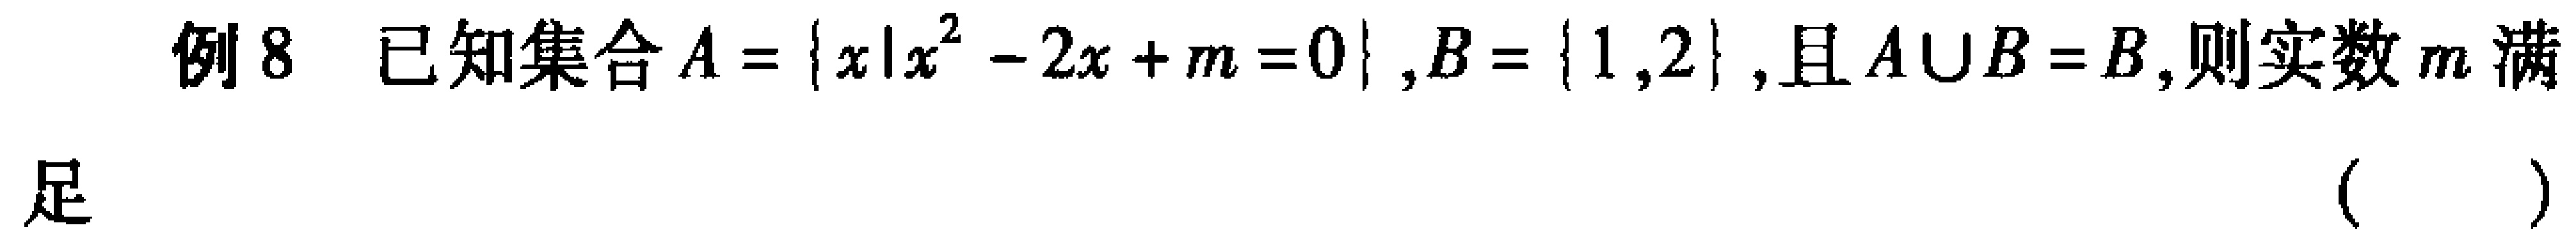
例8 已知集合\(A = \{x|x^{2}-2x + m = 0\},B = \{1,2\}\),且\(A\cup B = B\),则实数\(m\)满
足 （  ）